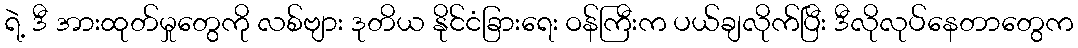
ရဲ့ ဒီ အားထုတ်မှုတွေကို လစ်ဗျား ဒုတိယ နိုင်ငံခြားရေး ဝန်ကြီးက ပယ်ချလိုက်ပြီး ဒီလိုလုပ်နေတာတွေက